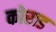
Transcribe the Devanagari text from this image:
कोराड